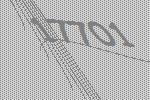
17701